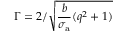
\Gamma = 2 / \sqrt { \frac { b } { \sigma _ { \mathrm { a } } } ( q ^ { 2 } + 1 ) }